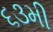
૬૩મી